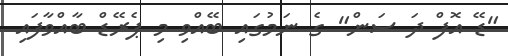
"ޑޭ އޮފް ދަ ސަން" ގެ ނަމުގައި ބޭއްވި މި ޕެރޭޑް ބާއްވާފައި